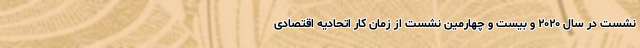
نشست در سال ۲۰۲۰ و بیست و چهارمین نشست از زمان کار اتحادیه اقتصادی